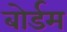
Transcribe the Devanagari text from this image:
बोर्डम